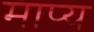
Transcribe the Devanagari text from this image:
माप्य